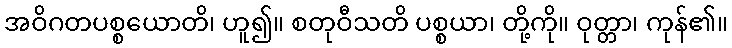
အဝိဂတပစ္စယောတိ၊ ဟူ၍။ စတုဝီသတိ ပစ္စယာ၊ တို့ကို။ ဝုတ္တာ၊ ကုန်၏။